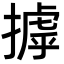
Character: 摢